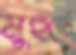
মুহুর্তে